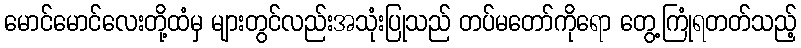
မောင်မောင်လေးတို့ထံမှ များတွင်လည်းအသုံးပြုသည် တပ်မတော်ကိုရော တွေ့ကြုံရတတ်သည့်